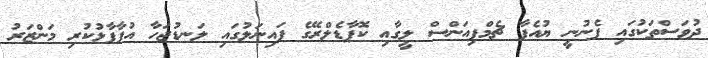
ދުވަސްތަކުގައި ފެނުނީ ޔުއެފާ ޗެމްޕިއަންސް ލީގާއި ކޮޕާޑެލްރޭގެ ފައިނަލުގައި ލަނޑުޖަހާ އުފާފާޅުކުރި މަންޒަރު